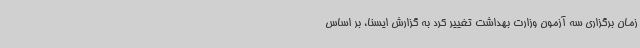
زمان برگزاری سه آزمون وزارت بهداشت تغییر کرد به گزارش ایسنا، بر اساس